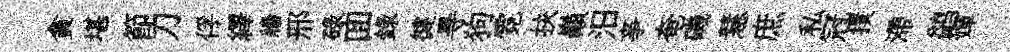
貪堪節刀俘繹牆邢碌囬錄徤㝵狗霓抉巔汨亊奄磯慧庶私冠撲滯鹢嬋